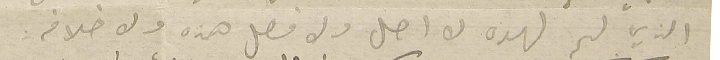
الذي لم لهذه لا اصل ولا فصل هذه ولا خلافه.